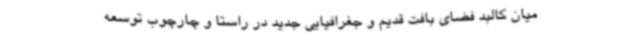
میان کالبد فضای بافت قدیم و جغرافیایی جدید در راستا و چارچوب توسعه